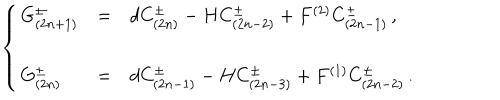
\left\{ \begin{array} { l c l } { { G _ { ( 2 n + 1 ) } ^ { \pm } } } & { { = } } & { { d C _ { ( 2 n ) } ^ { \pm } - H C _ { ( 2 n - 2 ) } ^ { \pm } + F ^ { ( 2 ) } C _ { ( 2 n - 1 ) } ^ { \pm } \, , } } \\ { { } } & { { } } & { { } } \\ { { G _ { ( 2 n ) } ^ { \pm } } } & { { = } } & { { d C _ { ( 2 n - 1 ) } ^ { \pm } - H C _ { ( 2 n - 3 ) } ^ { \pm } + F ^ { ( 1 ) } C _ { ( 2 n - 2 ) } ^ { \pm } \, . } } \\ \end{array} \right.